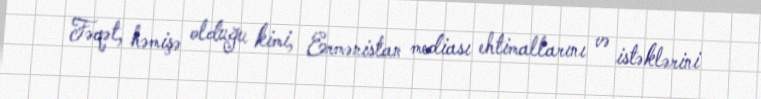
Fəqət, həmişə olduğu kimi, Ermənistan mediası ehtimallarını və istəklərini